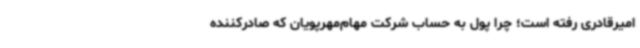
امیرقادری رفته است؛ چرا پول به حساب شرکت مهام‌مهرپویان که صادرکننده